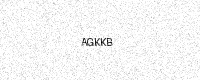
Text: AGKKB